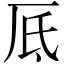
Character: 厎